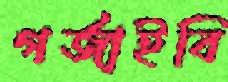
গর্জাইবি